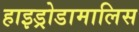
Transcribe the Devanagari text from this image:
हाइड्रोडामालिस